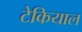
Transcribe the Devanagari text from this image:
टेकियाल